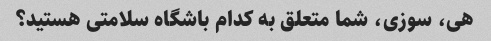
هی، سوزی، شما متعلق به کدام باشگاه سلامتی هستید؟